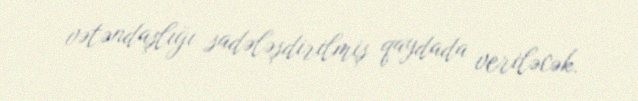
vətəndaşlığı sadələşdirilmiş qaydada veriləcək.